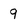
Character: 9